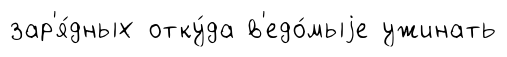
зар'я́дных отку́да в'едо́мыjе ужинать